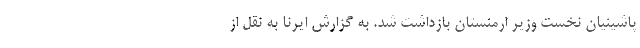
پاشینیان نخست وزیر ارمنستان بازداشت شد. به گزارش ایرنا به نقل از